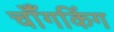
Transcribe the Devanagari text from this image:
चॉँगकिंग